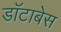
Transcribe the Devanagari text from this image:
डॉटाबेस